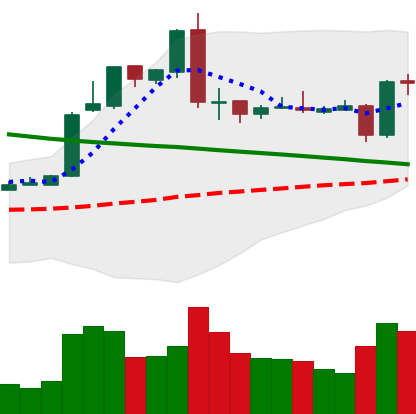
Ticker: EOS-USD
Chart end date: 2019-03-06
Forward return: -4.61%
Label: down_3_5